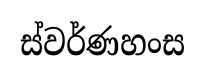
ස්වර්ණහංස